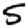
Digit: 5